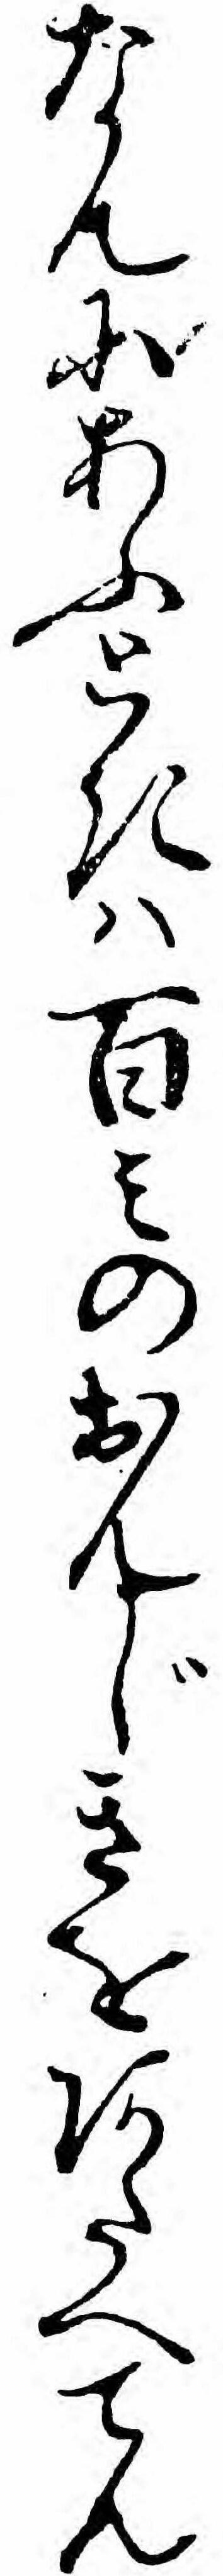
なんにあふときハ百ミのおんじきをあたへてん